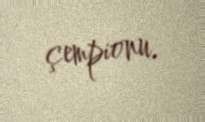
çempionu.